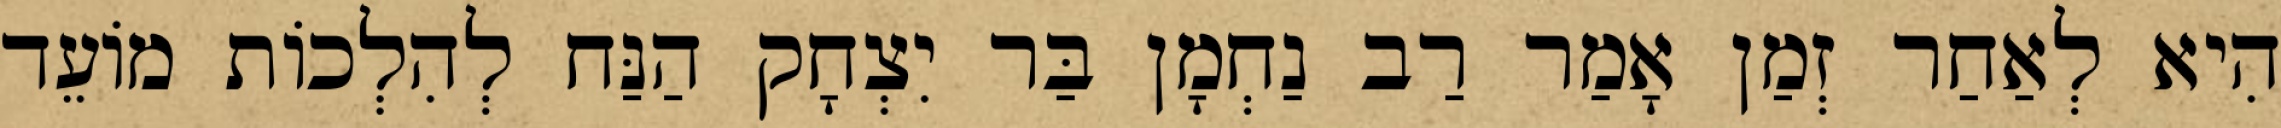
הִיא לְאַחַר זְמַן אָמַר רַב נַחְמָן בַּר יִצְחָק הַנַּח לְהִלְכוֹת מוֹעֵד